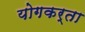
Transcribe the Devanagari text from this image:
योगकर्ता